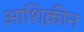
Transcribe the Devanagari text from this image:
आशिक़ीन